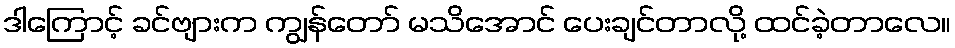
ဒါကြောင့် ခင်ဗျားက ကျွန်တော် မသိအောင် ပေးချင်တာလို့ ထင်ခဲ့တာလေ။